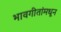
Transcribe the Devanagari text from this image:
भावगीतांमधून